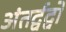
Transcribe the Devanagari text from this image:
अंतर्द्वद्वों